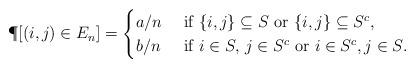
LaTeX: \begin{align*}\P[(i,j) \in E_n] = \begin{cases}a/n & \mbox{ if $\{i,j\}\subseteq S$ or $\{i,j\}\subseteq S^c$,}\\b/n & \mbox{ if $i\in S,\, j\in S^c$ or $i\in S^c ,j\in S$.}\end{cases}\end{align*}